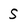
Character: s